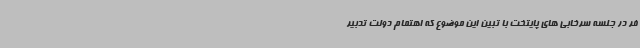
فر در جلسه سرخابی های پایتخت با تبین این موضوع که اهتمام دولت تدبیر